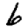
Digit: 6